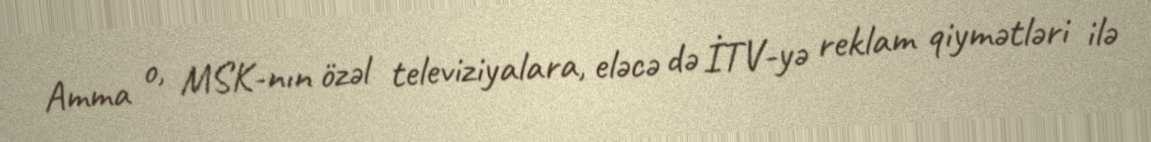
Amma o, MSK-nın özəl televiziyalara, eləcə də İTV-yə reklam qiymətləri ilə